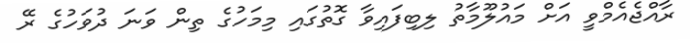
ރާއްޖެއެމްވީ އަށް މައުލޫމާތު ލިބިފައިވާ ގޮތުގައި މިމަހުގެ ތިން ވަނަ ދުވަހުގެ ރޭ